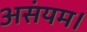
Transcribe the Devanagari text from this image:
असंयम।